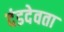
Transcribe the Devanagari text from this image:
दंडदेवता